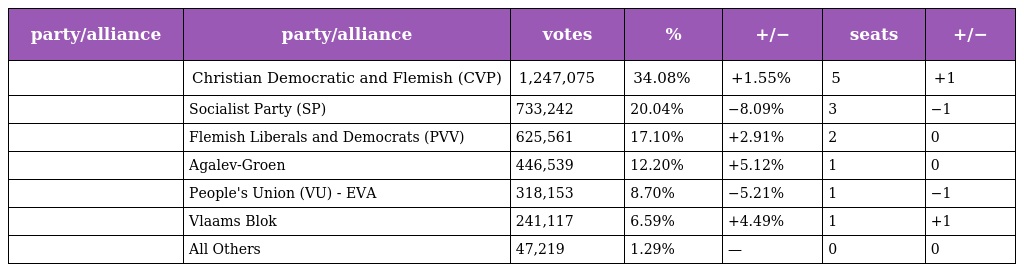
| party/alliance | party/alliance | votes | % | +/− | seats | +/− |
 | --- | --- | --- | --- | --- | --- | --- |
 |  | Christian Democratic and Flemish (CVP) | 1,247,075 | 34.08% | +1.55% | 5 | +1 |
 |  | Socialist Party (SP) | 733,242 | 20.04% | −8.09% | 3 | −1 |
 |  | Flemish Liberals and Democrats (PVV) | 625,561 | 17.10% | +2.91% | 2 | 0 |
 |  | Agalev-Groen | 446,539 | 12.20% | +5.12% | 1 | 0 |
 |  | People's Union (VU) - EVA | 318,153 | 8.70% | −5.21% | 1 | −1 |
 |  | Vlaams Blok | 241,117 | 6.59% | +4.49% | 1 | +1 |
 |  | All Others | 47,219 | 1.29% | — | 0 | 0 |